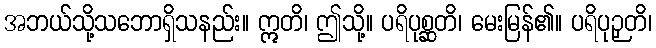
အဘယ်သို့သဘောရှိသနည်း။ ဣတိ၊ ဤသို့။ ပရိပုစ္ဆတိ၊ မေးမြန်၏။ ပရိပုဉှတိ၊